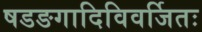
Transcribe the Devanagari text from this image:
षडङगादिविवर्जितः